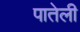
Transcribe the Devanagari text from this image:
पातेली